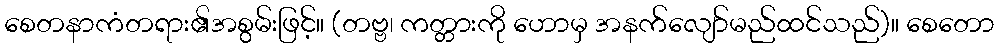
စေတနာကံတရား၏အစွမ်းဖြင့်။ (တဗ္ဗ၊ ကတ္တားကို ဟောမှ အနက်လျော်မည်ထင်သည်)။ စေတော